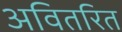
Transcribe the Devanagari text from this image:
अवितरित